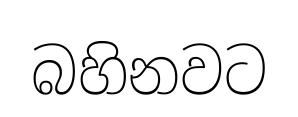
බහිනවට